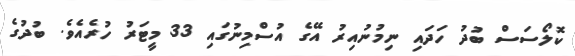
ކޮލޯސަސް ބުދު ހަދައި ނިމުނުއިރު އޭގެ އުސްމިނުގައި 33 މީޓަރު ހުރެއެވެ. ބުދުގެ